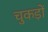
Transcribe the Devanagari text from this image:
चुकड़ों